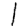
Digit: 1